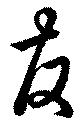
友